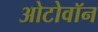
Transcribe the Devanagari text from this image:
ओटोवॉन